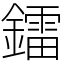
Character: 鐳